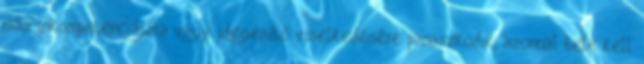
más inkompetenciájára vagy idegesítő viselkedésére panaszkodik, azonnal bele kell